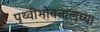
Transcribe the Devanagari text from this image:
पृथ्वीभोवतालच्या